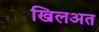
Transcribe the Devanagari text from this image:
खिलअत